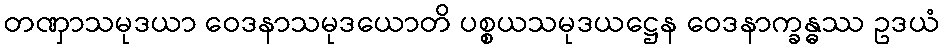
တဏှာသမုဒယာ ဝေဒနာသမုဒယောတိ ပစ္စယသမုဒယဋ္ဌေန ဝေဒနာက္ခန္ဓဿ ဥဒယံ